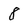
Character: 8